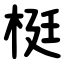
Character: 梃